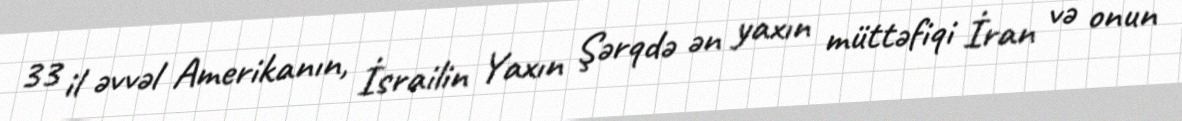
33 il əvvəl Amerikanın, İsrailin Yaxın Şərqdə ən yaxın müttəfiqi İran və onun